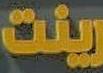
رينت